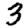
Digit: 3